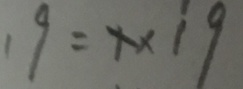
1 9 = x \times 1 9